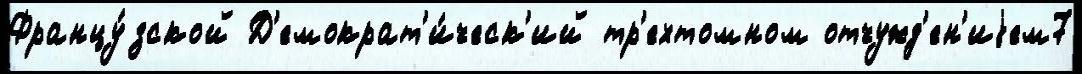
Францу́зской Д'емократ'и́ческ'ий тр'ехтомном отчужд'ен'иjем7